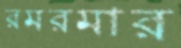
রমরমার